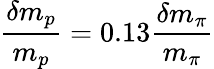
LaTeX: \frac{\delta m_{p}}{m_{p}}=0.13\frac{\delta m_{\pi}}{m_{\pi}}